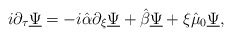
\begin{align*}i\partial_{\tau}\underline{\Psi} = -i\hat{\alpha} \partial_{\xi} \underline{\Psi} + \hat{\beta}\underline{\Psi} + \xi\hat{\mu}_{0} \underline{\Psi},\end{align*}